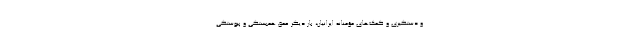
و دستگیری و کمک‌های مؤمنانه ایرانیان، بار دیگر عمق همبستگی و پیوستگی